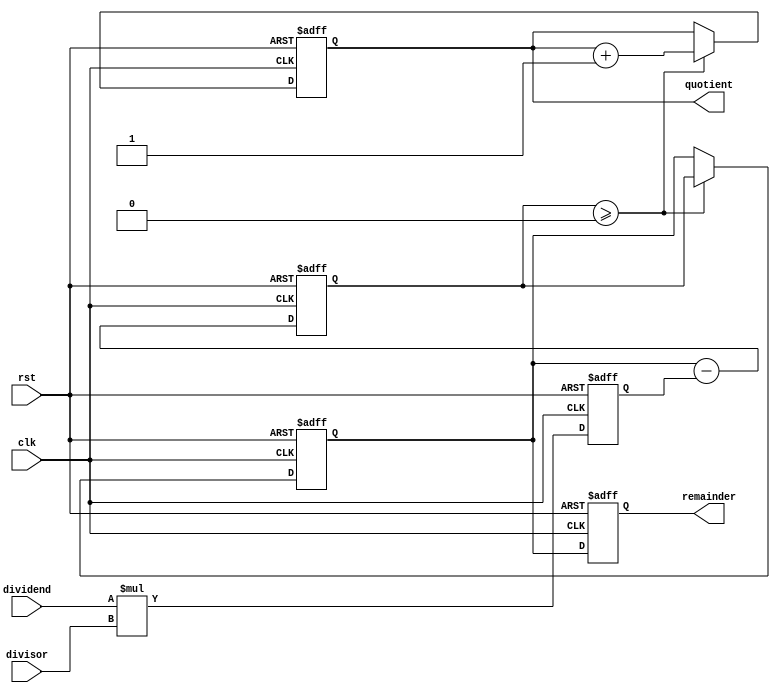
module Synchronous_Divider (
    input wire clk,
    input wire rst,
    input wire [31:0] dividend,
    input wire [31:0] divisor,
    output reg [31:0] quotient,
    output reg [31:0] remainder
);

reg [31:0] partial_product;
reg [31:0] subtractor_output;
reg [31:0] temp_remainder;

always @(posedge clk or posedge rst) begin
    if (rst) begin
        quotient <= 0;
        remainder <= 0;
        partial_product <= 0;
        subtractor_output <= 0;
        temp_remainder <= 0;
    end else begin
        // Multiplier block
        partial_product <= dividend * divisor;
        
        // Subtracter block
        subtractor_output <= temp_remainder - partial_product;
        
        // Control logic block
        if (subtractor_output >= 0) begin
            quotient <= quotient + 1;
            temp_remainder <= subtractor_output;
        end else begin
            temp_remainder <= temp_remainder;
        end
        
        remainder <= temp_remainder;
    end
end

endmodule